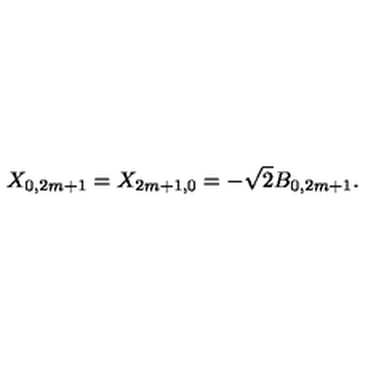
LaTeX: X _ { 0 , 2 m + 1 } = X _ { 2 m + 1 , 0 } = - \sqrt { 2 } B _ { 0 , 2 m + 1 } .